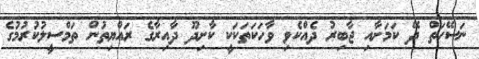
ނަސޭހަތް ދޭ ކަމަށާއި ޖާބިރު ދެއްކެވި ވާހަކަތަކަކީ ކާށިދޫ ދާއިރާގެ ރައްޔިތުން ތަމްސީލުކުރުމުގެ